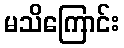
မသိကြောင်း